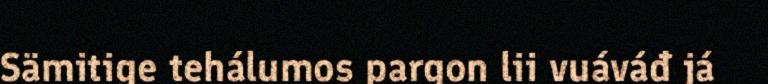
Sämitige tehálumos pargon lii vuáváđ já